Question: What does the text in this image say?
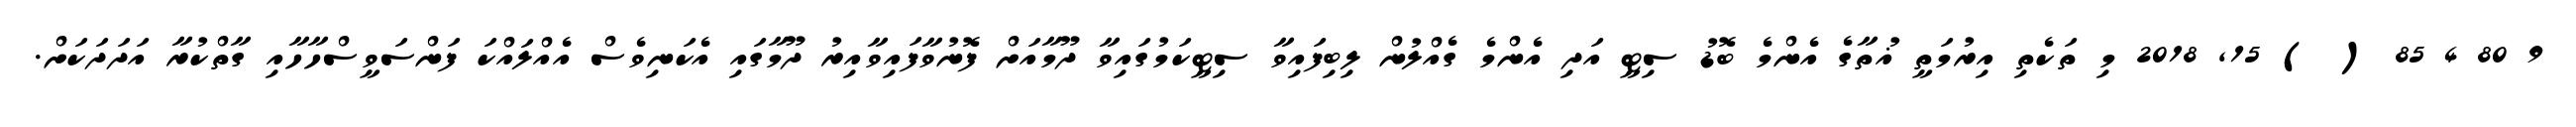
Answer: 9 80 4 85 ( ) 15, 2018 މި ތަކެތި އިރުމަތީ ޣުތާގެ އެންމެ ބޮޑު ސިޓީ އަދި އެންމެ ގެއްލުން ލިބިފައިވާ ސިޓީކަމުގައިވާ ދޫމާއަށް ފޮނުވާފައިވާއިރު ދޫމާގައި އެކަނިވެސް އެއްލައްކަ ފަންސަވީސްހާހާއި ގާތްކުރާ އަދަދަކަށް.